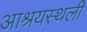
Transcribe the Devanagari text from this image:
आश्रयस्थली